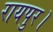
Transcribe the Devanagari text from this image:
रायपुर।